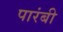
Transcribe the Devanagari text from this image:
पारंबी